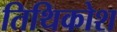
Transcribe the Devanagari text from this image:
तिथिकोश